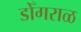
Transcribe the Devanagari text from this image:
डोँगराळ